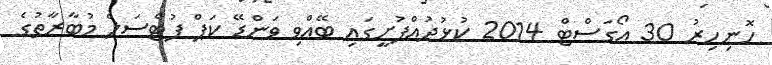
ހޮނިހިރު 30 އޯގަސްޓް 2014 ކުޅުދުއްފުށީގައި ބޭއްވި ވަންޑޭ ކަޕް ފުޓްސަލް މުބާރާތުގެ